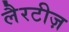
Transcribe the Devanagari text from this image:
लैरटीज़